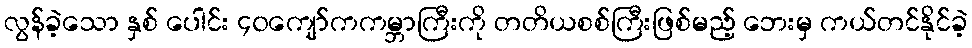
လွန်ခဲ့သော နှစ် ပေါင်း ၄၀ကျော်ကကမ္ဘာကြီးကို တတိယစစ်ကြီးဖြစ်မည့် ဘေးမှ ကယ်တင်နိုင်ခဲ့